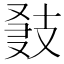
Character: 𢻍